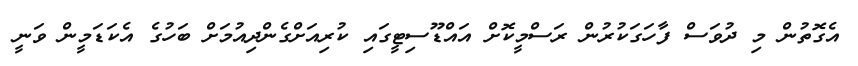
އެގޮތުން މި ދުވަސް ފާހަގަކުރުން ރަސްމީކޮށް އައްޑޫސިޓީގައި ކުރިއަށްގެންދިއުމަށް ބަހުގެ އެކަޑަމީން ވަނީ